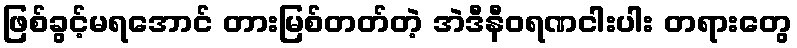
ဖြစ်ခွင့်မရအောင် တားမြစ်တတ်တဲ့ အဲဒီနီဝရဏငါးပါး တရားတွေ